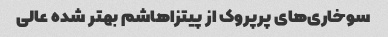
سوخاری‌های پرپروک از پیتزاهاشم بهتر شده عالی